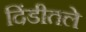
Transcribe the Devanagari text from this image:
दिंडीतले